Indian Civil Veterinary Department memoirs
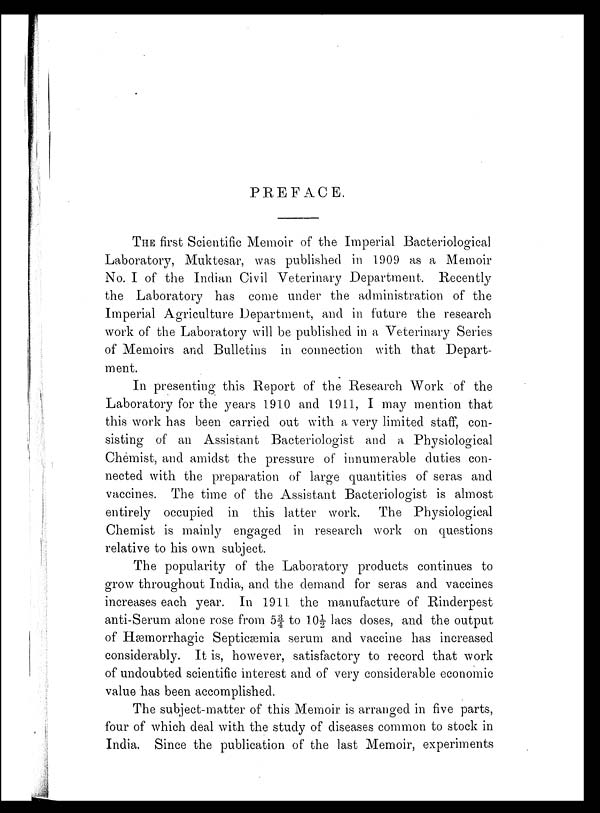
PREFACE.
THE first Scientific Memoir of the Imperial Bacteriological
Laboratory, Muktesar, was published in 1909 as a Memoir
No. I of the Indian Civil Veterinary Department. Recently
the Laboratory has come under the administration of the
Imperial Agriculture Department, and in future the research
work of the Laboratory will be published in a Veterinary Series
of Memoirs and Bulletins in connection with that Depart-
ment.
In presenting this Report of the Research Work of the
Laboratory for the years 1910 and 1911, I may mention that
this work has been carried out with a very limited staff, con-
sisting of an Assistant Bacteriologist and a Physiological
Chemist, and amidst the pressure of innumerable duties con-
nected with the preparation of large quantities of seras and
vaccines. The time of the Assistant Bacteriologist is almost
entirely occupied in this latter work. The Physiological
Chemist is mainly engaged in research work on questions
relative to his own subject.
The popularity of the Laboratory products continues to
grow throughout India, and the demand for seras and vaccines
increases each year. In 1911 the manufacture of Rinderpest
anti-Serum alone rose from 5¾ to 10½ lacs doses, and the output
of Hæmorrhagic Septicæmia serum and vaccine has increased
considerably. It is, however, satisfactory to record that work
of undoubted scientific interest and of very considerable economic
value has been accomplished.
The subject-matter of this Memoir is arranged in five parts,
four of which deal with the study of diseases common to stock in
India. Since the publication of the last Memoir, experiments